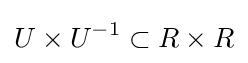
U\times U^{-1}\subset R\times R